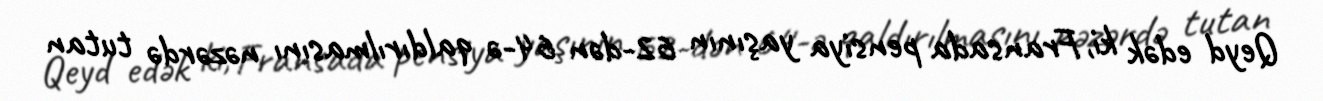
Qeyd edək ki, Fransada pensiya yaşının 62-dən 64-ə qaldırılmasını nəzərdə tutan